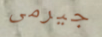
جيرمى